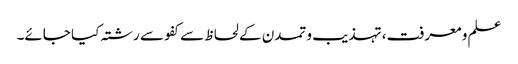
علم و معرفت، تہذیب و تمدن کے لحاظ سے کفو سے رشتہ کیا جائے۔